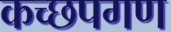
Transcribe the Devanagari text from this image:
कच्छपगण